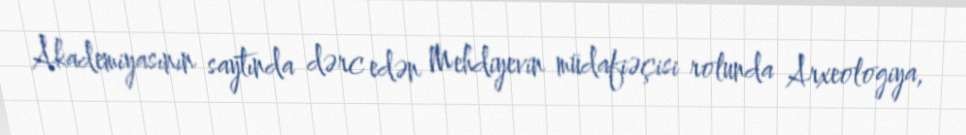
Akademiyasının saytında dərc edən Mehdiyevin müdafiəçisi rolunda Arxeologiya,